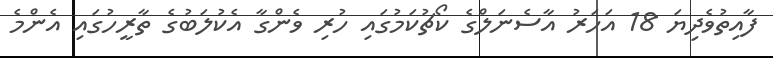
ފާއިތުވެދިޔަ 18 އަހަރު އާސެނަލްގެ ކޯޗުކަމުގައި ހުރި ވެންގާ އެކުލަބުގެ ތާރީހުގައި އެންމެ